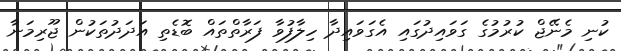
ކުނި މެނޭޖް ކުރުމުގެ ގަވައިދުގައި އެގަވައިދާ ހިލާފުވާ ފަރާތްތައް ބޮޑެތި އަދަދުތަކުން ޖޫރިމަނާ